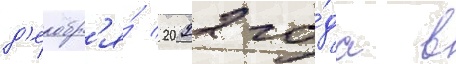
д'екабр'я́ 2022 го́да в